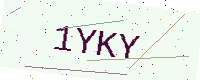
Text: 1YKY